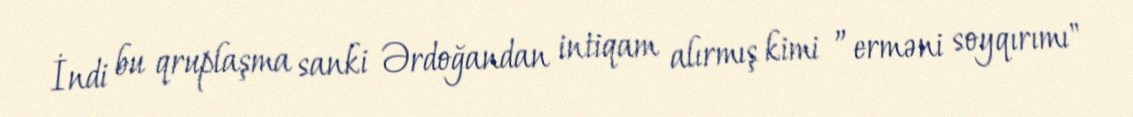
İndi bu qruplaşma sanki Ərdoğandan intiqam alırmış kimi ”erməni soyqırımı"